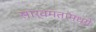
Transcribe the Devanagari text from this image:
सार्वमतामध्ये